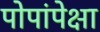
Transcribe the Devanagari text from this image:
पोपांपेक्षा